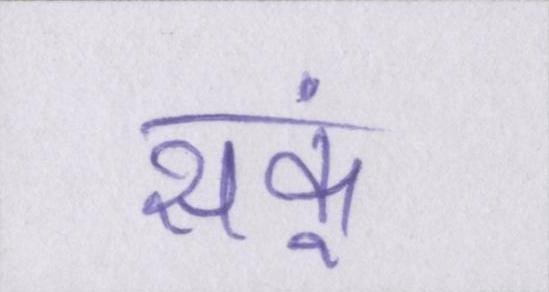
सकूं